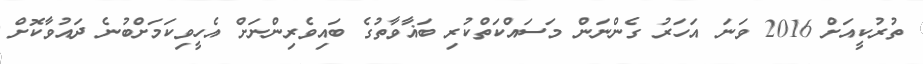
ތުރުކީއަށް 2016 ވަނަ އަހަރު ގެންނަން މަސައްކަތްކުރި ބަޣާވާތުގެ ބައިވެރިންނަށް އެހީވިކަމަށްބުނެ ދައުވާކޮށް